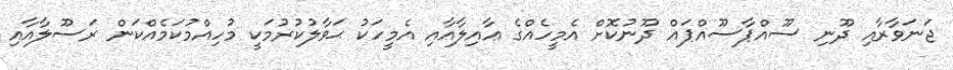
ޖަނަވާރާއި ދޫނި ސޫއްޕާސޫއްޕައް ދޫނުކޮށް އެމީހެއްގެ ޢާއިލާއާއި އެމީހަކު ޙަވާލުކުރުމަކީ މުހިއްމުކަމެއްކަން ރަސޫލާއާއި